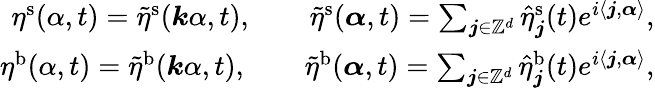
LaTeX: \begin{array}{r}{\eta^{\mathrm{s}}(\alpha,t)=\tilde{\eta}^{\mathrm{s}}(\boldsymbol k\alpha,t),\qquad\tilde{\eta}^{\mathrm{s}}(\boldsymbol\alpha,t)=\sum_{\boldsymbol{j}\in\mathbb{Z}^{d}}\hat{\eta}_{\boldsymbol{j}}^{\mathrm{s}}(t)e^{i\langle\boldsymbol j,\boldsymbol\alpha\rangle},}\\ {\eta^{\mathrm{b}}(\alpha,t)=\tilde{\eta}^{\mathrm{b}}(\boldsymbol k\alpha,t),\qquad\tilde{\eta}^{\mathrm{b}}(\boldsymbol\alpha,t)=\sum_{\boldsymbol{j}\in\mathbb{Z}^{d}}\hat{\eta}_{\boldsymbol{j}}^{\mathrm{b}}(t)e^{i\langle\boldsymbol j,\boldsymbol\alpha\rangle},}\end{array}